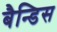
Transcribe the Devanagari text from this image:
बैन्डिस